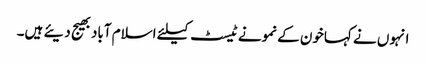
انہوں نے کہاخون کے نمونے ٹیسٹ کیلئے اسلام آبادبھیج دیئے ہیں۔